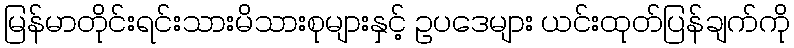
မြန်မာတိုင်းရင်းသားမိသားစုများနှင့် ဥပဒေများ ယင်းထုတ်ပြန်ချက်ကို